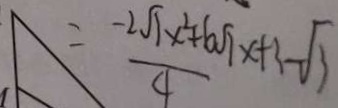
= \frac { - 2 \sqrt { 1 } x ^ { 2 } + 6 \sqrt { 7 } x + 3 - \sqrt { 3 } } { 4 }